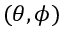
( \theta , \phi )